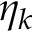
\eta _ { k }